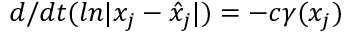
d / d t ( l n | x _ { j } - \hat { x } _ { j } | ) = - c \gamma ( x _ { j } )